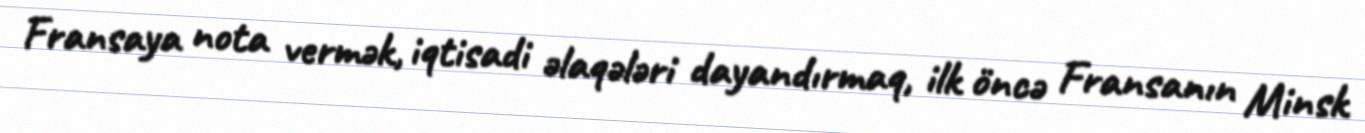
Fransaya nota vermək, iqtisadi əlaqələri dayandırmaq, ilk öncə Fransanın Minsk